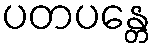
ပတပန္တေ